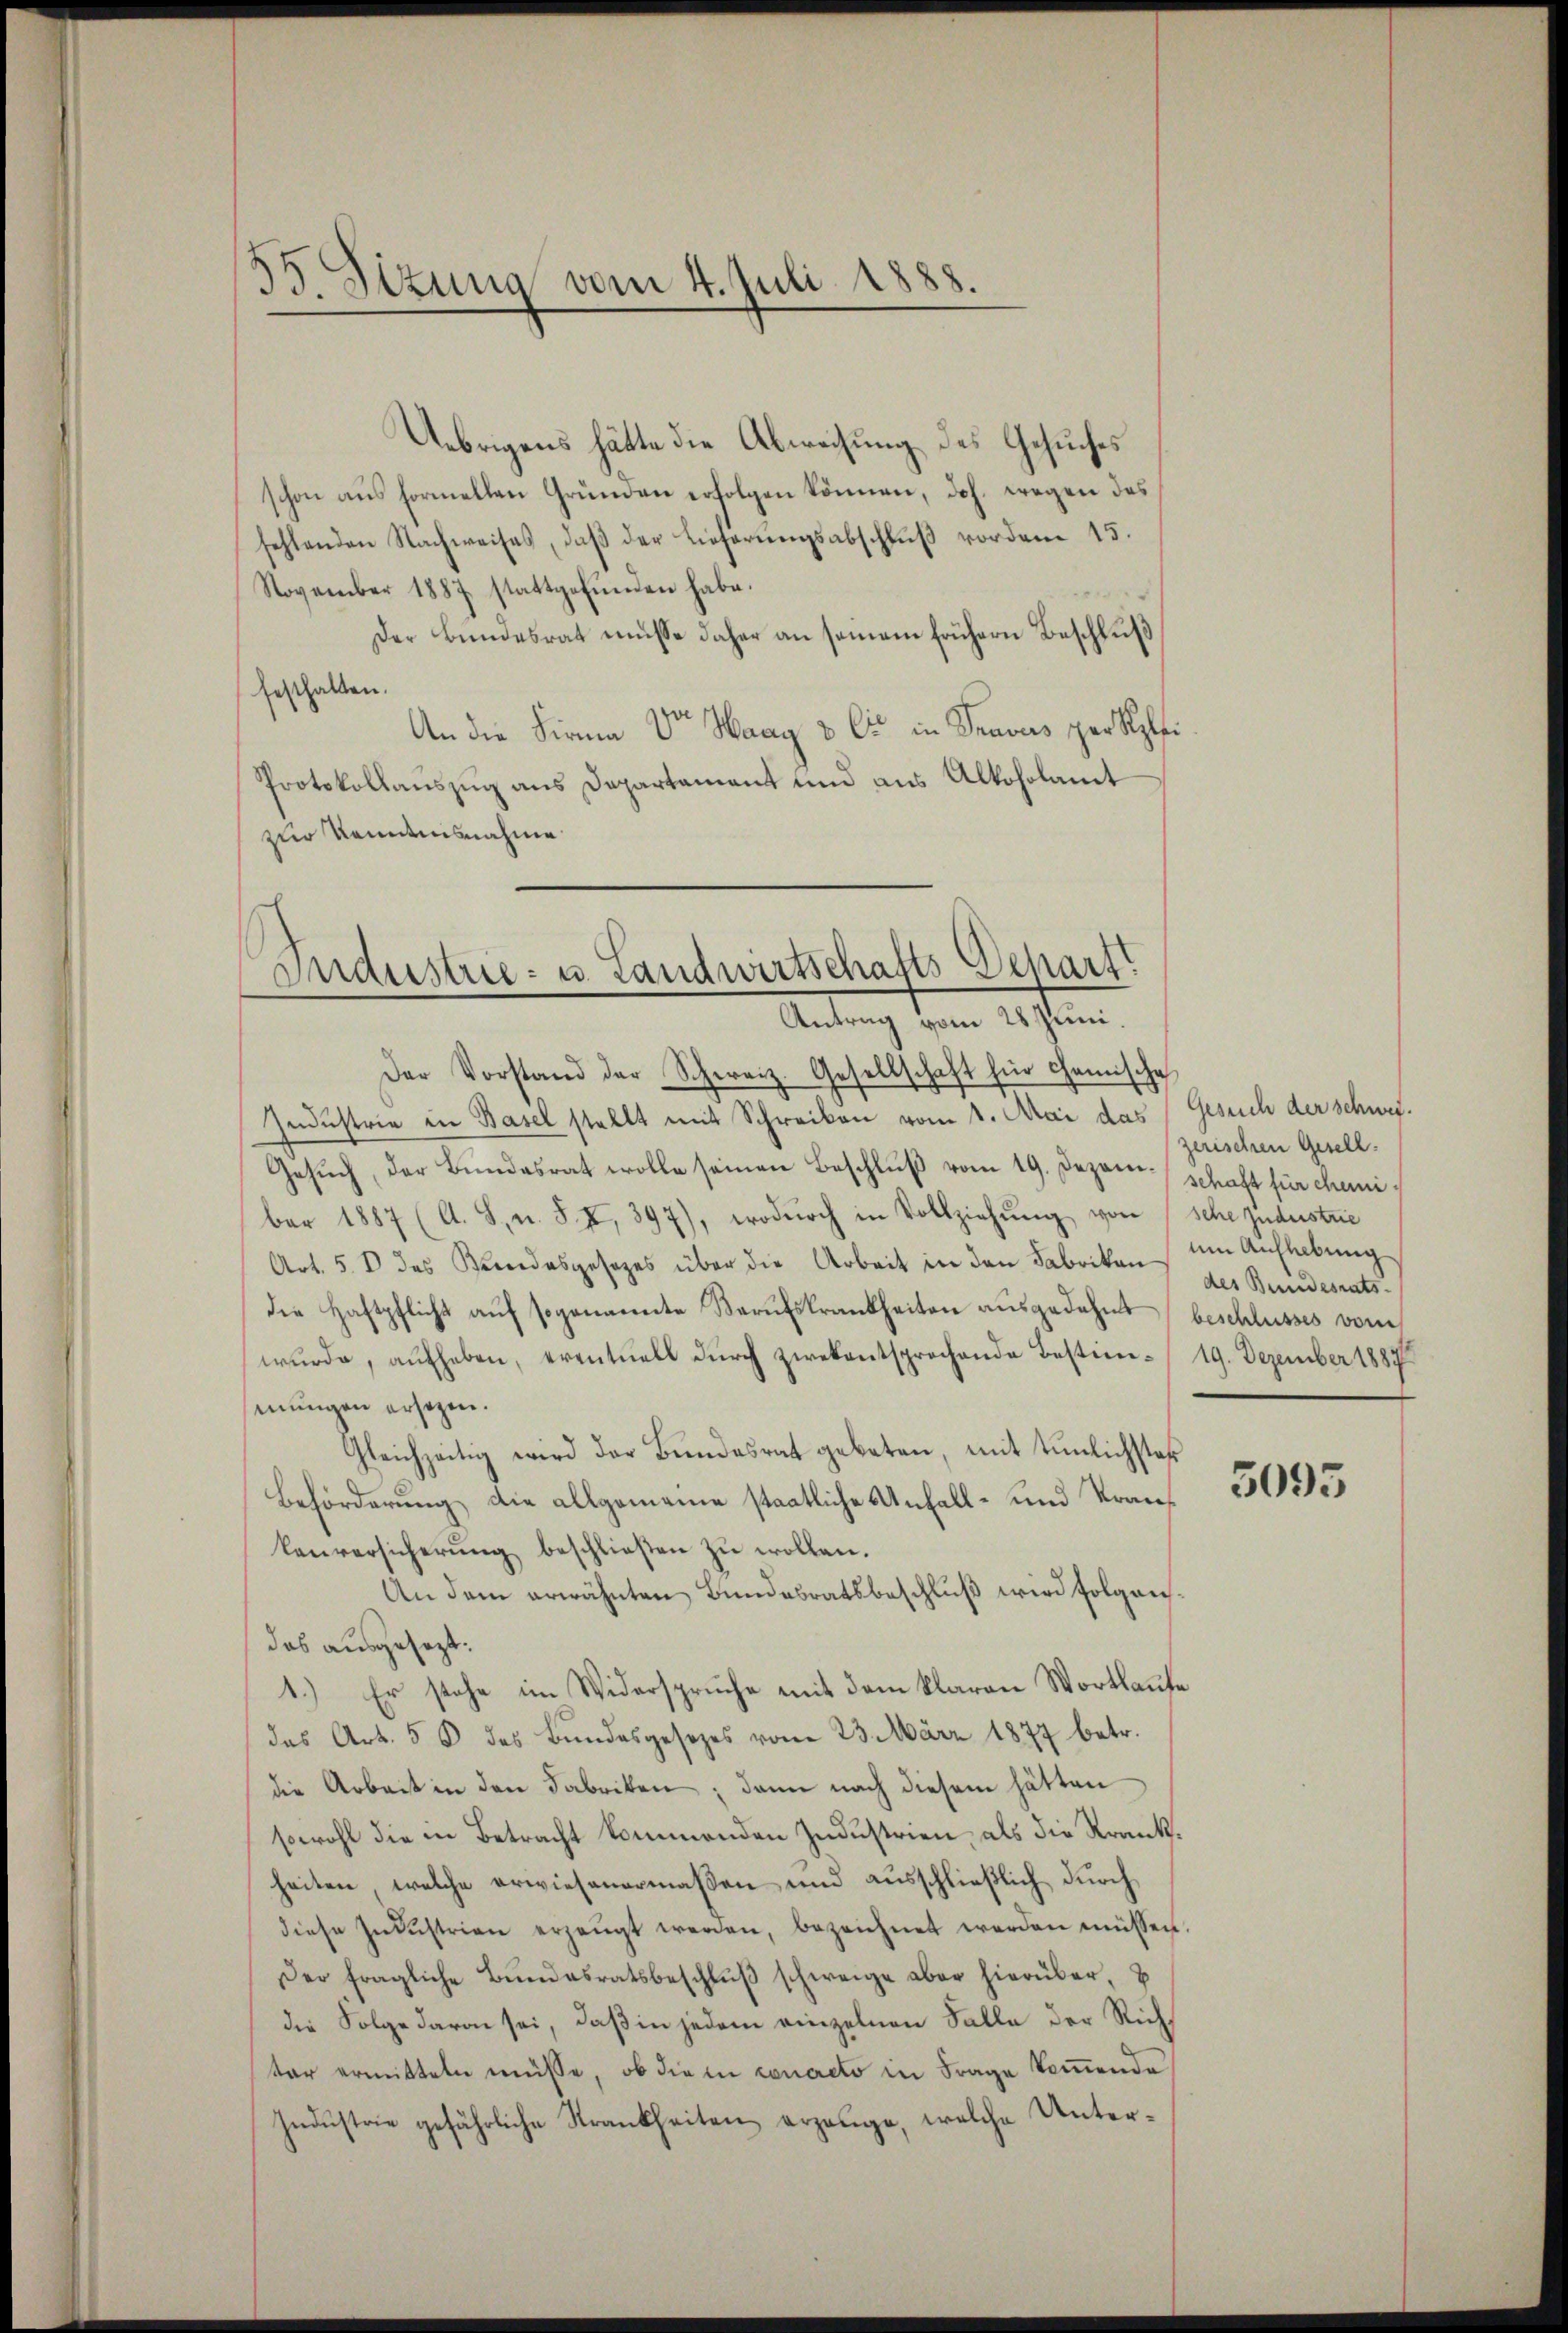
55 Sizung vom 4. Juli 1888.

Uebrigens hätte die Abweisung des Gesuches
schon aus formellen Gründen erfolgen können, Joh. wegen des
fehlenden Nachweises, daβ der Lieferŭngsabschlŭβ vordem 15.
November 1887 stattgefŭnden habe.
Der Bundesrat müsse daher an seinem frühern Beschluß
festhalten.
An die Firma Vor Waag & Cie in Travus per Spi
Protokollauszug aus Departament und aus Alkoholamt
zur Kenntnisnahme

e
Industrie- u. Landwirtschafts-Depart
Antrag vom 28 Juni.
Der Vorstand der Schweiz. Gesellschaft für Chemische

Industrie in Basel stellt mit Schreiben vom 1. Mai das Gesuch der schwei¬
Gesŭch, der Bundesrat wolle seinen Beschluß vom 19. Dezem schaft für chemiber 1887 (A. S. n. F. II, 397), wodŭrch in Vollziehŭng von sehe Judustrie
Art. 5. D des Kandesgesezes über die Arbeit in den Fabrikan
die Haftpflicht aŭf sogenannte Berufskrankheiten aŭsgedehnt beschlusses vom
wurde, aufheben, eventuell durch zwekentsprochende Bestim- 19. Dezember 1887
mungen ersezen.
Gleichzeitig wird der Bŭndesrat gebeten, mit tunlichster
Beförderung die allgemeine staatliche Unfall- und Trans
lenversicherŭng beschlieβen zŭ wollen.
An dem erwähnten Bundesratsbeschluß wird folgendas ausgesezt:
1.) Er stehe im Widerspruche mit dem klaren Wortlaufe
das Art. 56 des Bundesgesezes vom 23. März 1877 betr.
die Arbeit in den Fabriken; dann nach diesem hätten
sowohl die in Betracht kommenden Industrien, als die Krankheiten, welche erwiesenermaßen und ausschließlich durch
diese Indŭstrien erzeugt werden, bezeichnet werden müssen.
Der fragliche Bŭndesratsbeschlŭβ schweige aber hierüber, B
die Folge davon sei, daß in jedem einzelnen Falle der Richtar ermitteln müsse, ob die in concreto in Frage kommende
Indŭstrie gefährliche Krankheiten erzeuge, welche Unter¬

zerischen Gesell.
um Aufhebung
des Bundesrats-

5093